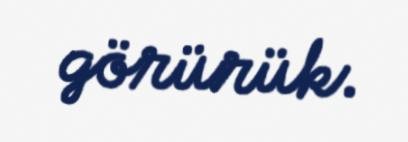
görürük.